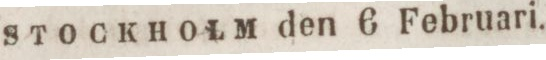
STOCKHOLM den 6 Februari.